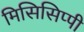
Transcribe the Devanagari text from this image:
मिसिसिप्‍पी